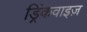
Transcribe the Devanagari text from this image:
ड्रिंकवाइज़